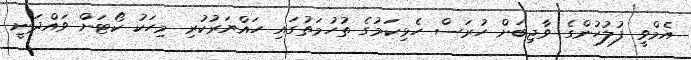
އެމްވީ ފުލުހުންގެ ވާޖިބަށް ހުރަސް ހެޅިކަމުގެ ތުހުމަތުގައި ހައްޔަރުކުރި މިހަކު ކޯޓަށް ވައްދަނީ